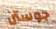
جوستن